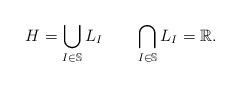
LaTeX: \begin{align*}H=\bigcup_{I\in\mathbb{S}}L_I\quad\quad\bigcap_{I\in\mathbb{S}} L_I=\mathbb{R}.\end{align*}